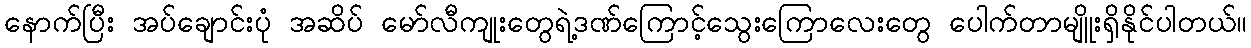
နောက်ပြီး အပ်ချောင်းပုံ အဆိပ် မော်လီကျုးတွေရဲ့ဒဏ်ကြောင့်သွေးကြောလေးတွေ ပေါက်တာမျိူးရှိနိုင်ပါတယ်။